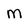
Character: m